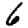
Digit: 6